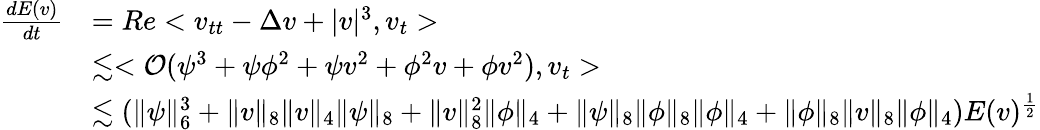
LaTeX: \begin{array}{rl}{\frac{dE(v)}{dt}}&{=Re<v_{tt}-\Delta v+|v|^{3},v_{t}>}\\ &{\lesssim<\mathcal{O}(\psi^{3}+\psi\phi^{2}+\psi v^{2}+\phi^{2}v+\phi v^{2}),v_{t}>}\\ &{\lesssim(\| \psi\| _{6}^{3}+\| v\| _{8}\| v\| _{4}\| \psi\| _{8}+\| v\| _{8}^{2}\| \phi\| _{4}+\| \psi\| _{8}\| \phi\| _{8}\| \phi\| _{4}+\| \phi\| _{8}\| v\| _{8}\| \phi\| _{4})E(v)^{\frac{1}{2}}}\end{array}